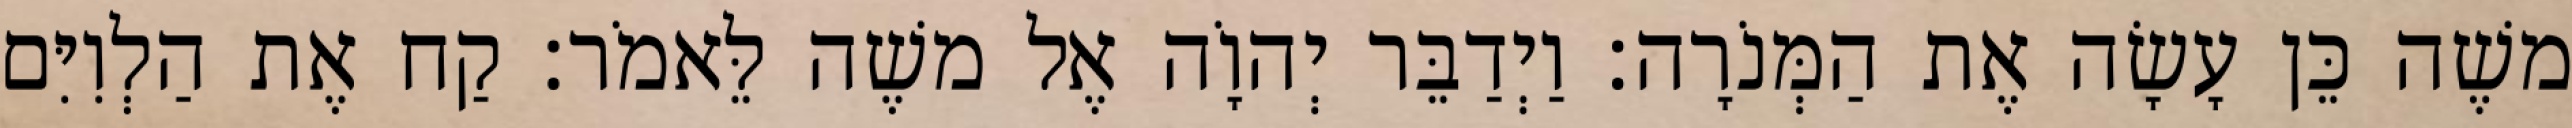
משֶׁה כֵּן עָשָׂה אֶת הַמְּנֹרָה׃ וַיְדַבֵּר יְהוָֹה אֶל משֶׁה לֵּאמֹר׃ קַח אֶת הַלְוִיִּם